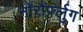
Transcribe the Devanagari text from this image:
नोरौर्फ्लुग